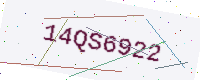
Text: 14QS6922